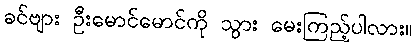
ခင်ဗျား ဦးမောင်မောင်ကို သွား မေးကြည့်ပါလား။